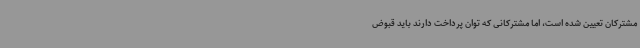
مشترکان تعیین شده است، اما مشترکانی که توان پرداخت دارند باید قبوض